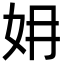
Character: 㚩